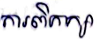
ការពិភាក្សា